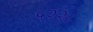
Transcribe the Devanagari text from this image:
५२२८